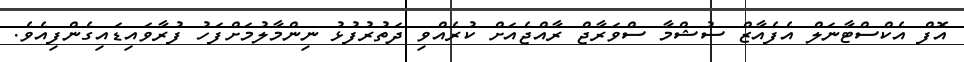
އޮފް އެކްސްޓާނަލް އެފެއާޒް ސުޝްމާ ސްވަރާޖް ރާއްޖެއަށް ކުރެއްވި ދަތުރުފުޅު ނިންމާލުމަށްފަހު ފުރާވައިޑައިގެންފިއެވެ.